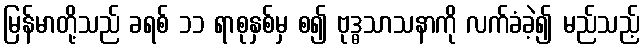
မြန်မာတို့သည် ခရစ် ၁၁ ရာစုနှစ်မှ စ၍ ဗုဒ္ဓသာသနာကို လက်ခံခဲ့၍ မည်သည့်